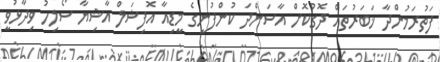
ފަތުރަމުންދާ ޚަބަރުތައް ދޮގުކޮށް އާސަންދަ ކުންފުނީގެ މީޑިއާ އޮފިޝަލް އާޝިޔާ ސޯލިހު ވިދާޅުވީ